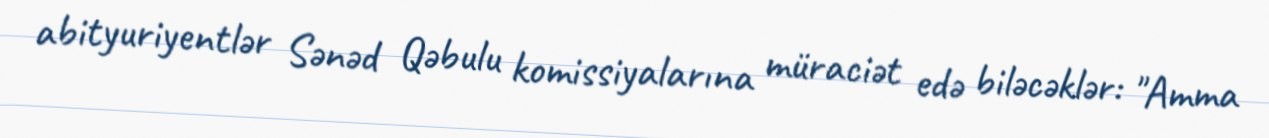
abityuriyentlər Sənəd Qəbulu komissiyalarına müraciət edə biləcəklər: "Amma